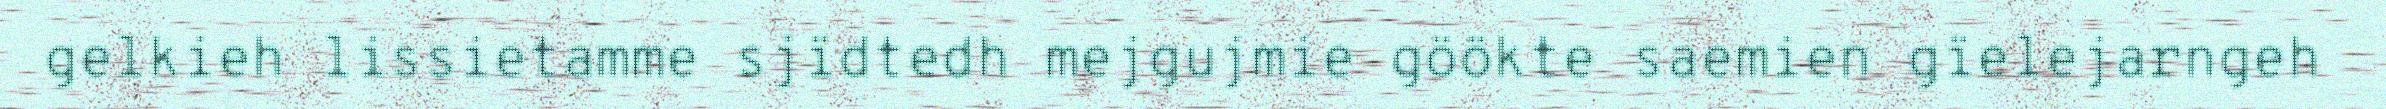
gelkieh lissietamme sjïdtedh mejgujmie göökte saemien gïelejarngeh